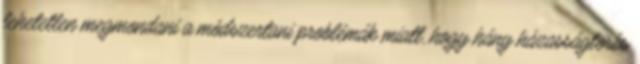
lehetetlen megmondani a módszertani problémák miatt, hogy hány házasságtörés